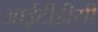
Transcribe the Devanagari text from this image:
आईटीडीसी